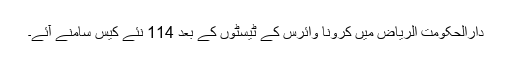
دارالحکومت الریاض میں کرونا وائرس کے ٹیسٹوں کے بعد 114 نئے کیس سامنے آئے۔